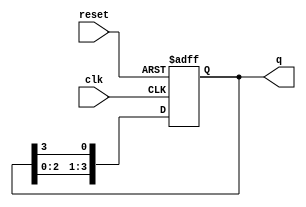
module ring_counter (
    input wire clk,        // Clock input
    input wire reset,      // Asynchronous reset input
    output reg [N-1:0] q   // Output state of the ring counter
);
    parameter N = 4; // Number of stages (flip-flops)

    // Initial state
    initial begin
        q = 1; // Initialize the first flip-flop to '1' and others to '0'
    end

    always @(posedge clk or posedge reset) begin
        if (reset) begin
            q <= 1; // Reset to initial state
        end else begin
            q <= {q[N-2:0], q[N-1]}; // Shift the '1' bit to the right
        end
    end
endmodule